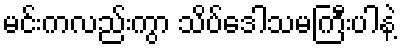
မင်းကလည်းကွာ သိပ်ဒေါသမကြီးပါနဲ့